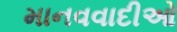
માનવવાદીઓ